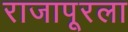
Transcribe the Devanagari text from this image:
राजापूरला